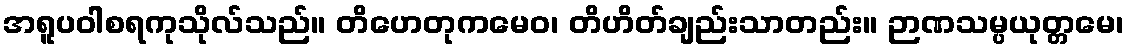
အရူပဝါစရကုသိုလ်သည်။ တိဟေတုကမေဝ၊ တိဟိတ်ချည်းသာတည်း။ ဉာဏသမ္ပယုတ္တမေ၊